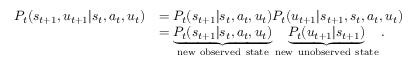
\begin{array} { r l } { P _ { t } ( s _ { t + 1 } , u _ { t + 1 } | s _ { t } , a _ { t } , u _ { t } ) } & { = P _ { t } ( s _ { t + 1 } | s _ { t } , a _ { t } , u _ { t } ) P _ { t } ( u _ { t + 1 } | s _ { t + 1 } , s _ { t } , a _ { t } , u _ { t } ) } \\ & { = \underbrace { P _ { t } ( s _ { t + 1 } | s _ { t } , a _ { t } , u _ { t } ) } _ { \mathrm { n e w ~ o b s e r v e d ~ s t a t e } } \underbrace { P _ { t } ( u _ { t + 1 } | s _ { t + 1 } ) } _ { \mathrm { n e w ~ u n o b s e r v e d ~ s t a t e } } . } \end{array}